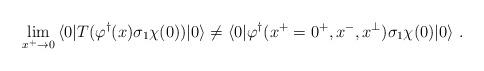
LaTeX: \begin{align*}\lim_{x^{+}\rightarrow 0}\, \langle 0|T (\varphi ^{\dagger}(x)\sigma_{1} \chi(0) ) | 0 \rangle \neq\langle 0 | \varphi ^{\dagger} (x^{+} = 0^{+}, x^{-}, x^{\perp} )\sigma_{1} \chi(0) | 0 \rangle \ .\end{align*}